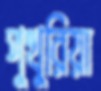
পুখুরিয়া